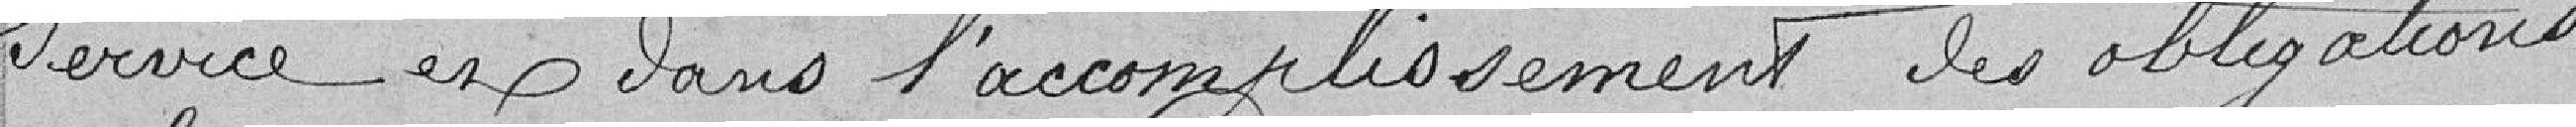
service et dans l'accomplissement des obligations